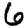
Digit: 6